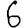
Digit: 6